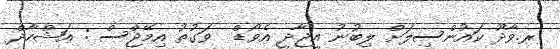
ރ.ވާދޫ ކައުންސިލަށް ލިބުނު އީޖާދީ އެވޯޑް  ވަގުތު އިމޭޖްސް : އަޝްހާދް